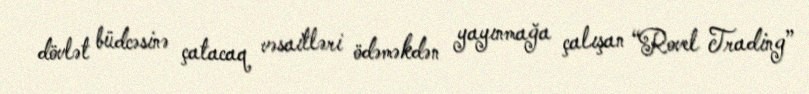
dövlət büdcəsinə çatacaq vəsaitləri ödəməkdən yayınmağa çalışan “Rovel Trading”